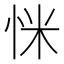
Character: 𢘺